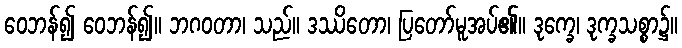
ဝေဘန်၍ ဝေဘန်၍။ ဘဂဝတာ၊ သည်။ ဒဿိတော၊ ပြတော်မူအပ်၏။ ဒုက္ခေ၊ ဒုက္ခသစ္စာ၌။